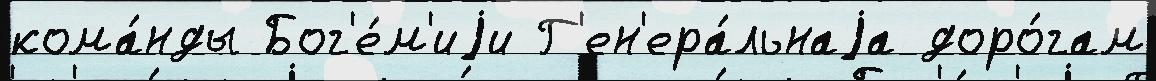
кома́нды Бог'е́м'иjи Г'ен'ера́льнаjа доро́гам